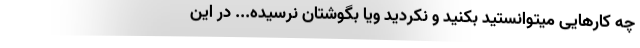
چه کارهایی میتوانستید بکنید و نکردید ویا بگوشتان نرسیده... در این